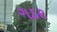
ગડર